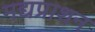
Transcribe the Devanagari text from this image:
मद्यप्राशन